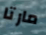
مارتا